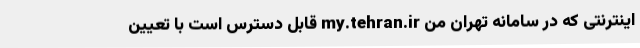
اینترنتی که در سامانه تهران من my.tehran.ir قابل دسترس است با تعیین